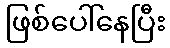
ဖြစ်ပေါ်နေပြီး